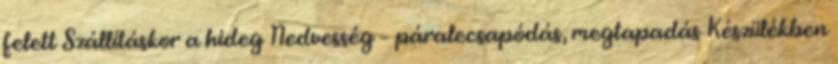
felett Szállításkor a hideg Nedvesség – páralecsapódás, megtapadás Készülékben